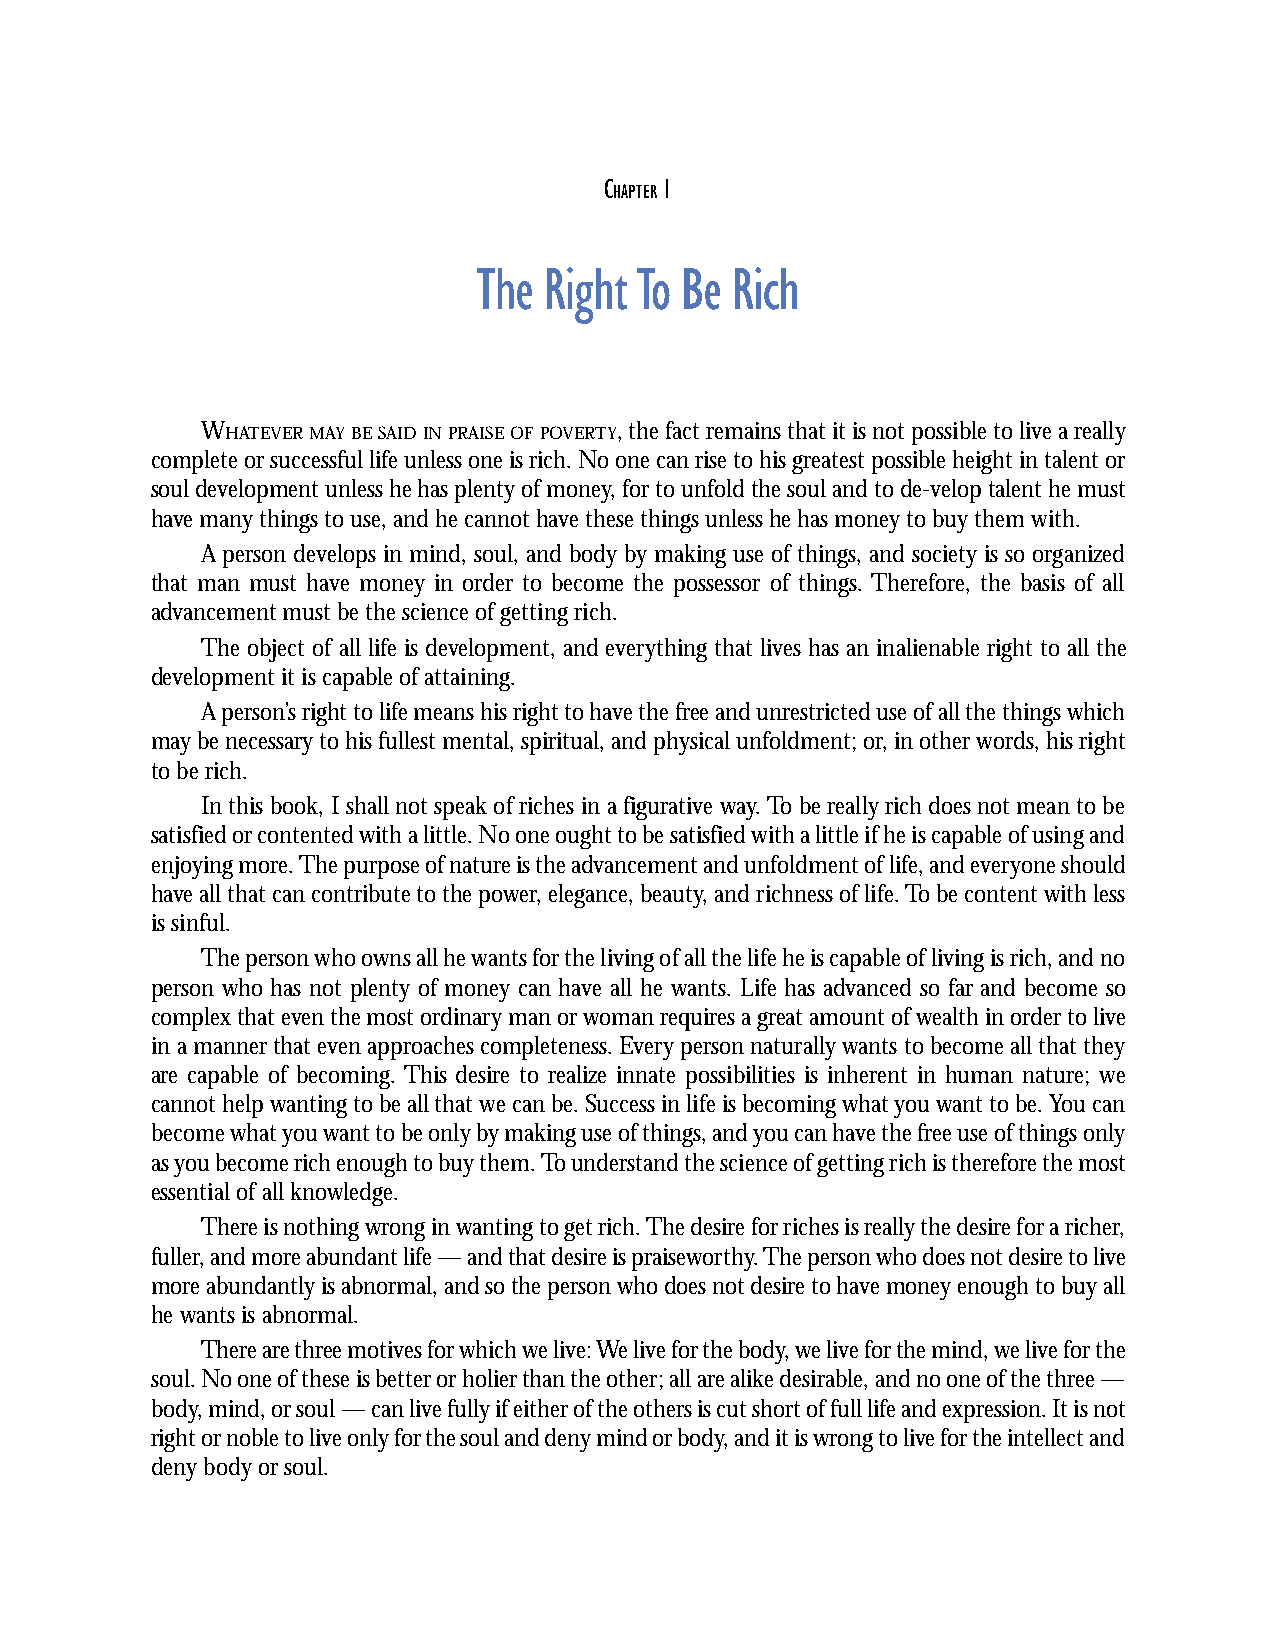
CHAPTER 1: The Right To Be Rich
 C   1
 HAPTER
 The Right To Be Rich
 WHATEVER MAY BE SAID IN PRAISE OF POVERTY, the fact remains that it is not possible to live a really
 complete or successful life unless one is rich. No one can rise to his greatest possible height in talent or
 soul development unless he has plenty of money, for to unfold the soul and to de-velop talent he must
 have many things to use, and he cannot have these things unless he has money to buy them with.
 A person develops in mind, soul, and body by making use of things, and society is so organized
 that man must have money in order to become the possessor of things. Therefore, the basis of all
 advancement must be the science of getting rich.
 The object of all life is development, and everything that lives has an inalienable right to all the
 development it is capable of attaining.
 A person’s right to life means his right to have the free and unrestricted use of all the things which
 may be necessary to his fullest mental, spiritual, and physical unfoldment; or, in other words, his right
 to be rich.
 In this book, I shall not speak of riches in a figurative way. To be really rich does not mean to be
 satisfied or contented with a little. No one ought to be satisfied with a little if he is capable of using and
 enjoying more. The purpose of nature is the advancement and unfoldment of life, and everyone should
 have all that can contribute to the power, elegance, beauty, and richness of life. To be content with less
 is sinful.
 The person who owns all he wants for the living of all the life he is capable of living is rich, and no
 person who has not plenty of money can have all he wants. Life has advanced so far and become so
 complex that even the most ordinary man or woman requires a great amount of wealth in order to live
 in a manner that even approaches completeness. Every person naturally wants to become all that they
 are capable of becoming. This desire to realize innate possibilities is inherent in human nature; we
 cannot help wanting to be all that we can be. Success in life is becoming what you want to be. You can
 become what you want to be only by making use of things, and you can have the free use of things only
 as you become rich enough to buy them. To understand the science of getting rich is therefore the most
 essential of all knowledge.
 There is nothing wrong in wanting to get rich. The desire for riches is really the desire for a richer,
 fuller, and more abundant life — and that desire is praiseworthy. The person who does not desire to live
 more abundantly is abnormal, and so the person who does not desire to have money enough to buy all
 he wants is abnormal.
 There are three motives for which we live: We live for the body, we live for the mind, we live for the
 soul. No one of these is better or holier than the other; all are alike desirable, and no one of the three —
 body, mind, or soul — can live fully if either of the others is cut short of full life and expression. It is not
 right or noble to live only for the soul and deny mind or body, and it is wrong to live for the intellect and
 deny body or soul.
 www.scienceofgettingrich.net 1